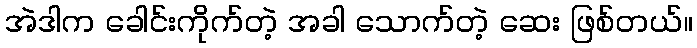
အဲဒါက ခေါင်းကိုက်တဲ့ အခါ သောက်တဲ့ ဆေး ဖြစ်တယ်။